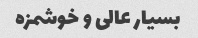
بسیار عالى و خوشمزه